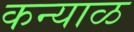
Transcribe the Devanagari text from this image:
कन्याळ